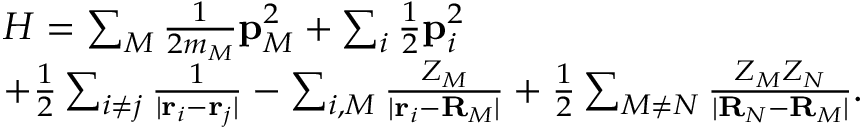
\begin{array} { r l } & { H = \sum _ { M } \frac { 1 } { 2 m _ { M } } \mathbf { p } _ { M } ^ { 2 } + \sum _ { i } \frac { 1 } { 2 } \mathbf { p } _ { i } ^ { 2 } } \\ & { + \frac { 1 } { 2 } \sum _ { i \neq j } \frac { 1 } { | \mathbf { r } _ { i } - \mathbf { r } _ { j } | } - \sum _ { i , M } \frac { Z _ { M } } { | \mathbf { r } _ { i } - \mathbf { R } _ { M } | } + \frac { 1 } { 2 } \sum _ { M \neq N } \frac { Z _ { M } Z _ { N } } { | \mathbf { R } _ { N } - \mathbf { R } _ { M } | } . } \end{array}